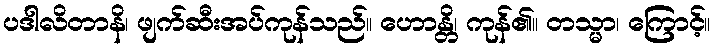
ပဒါလိတာနိ၊ ဖျက်ဆီးအပ်ကုန်သည်။ ဟောန္တိ၊ ကုန်၏။ တသ္မာ၊ ကြောင့်။